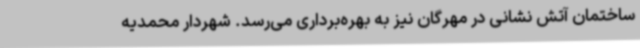
ساختمان آتش نشانی در مهرگان نیز به بهره‌برداری می‌رسد. شهردار محمدیه